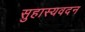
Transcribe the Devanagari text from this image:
सुहास्यवदन